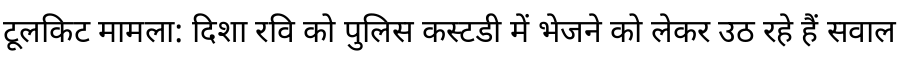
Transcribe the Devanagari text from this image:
टूलकिट मामला: दिशा रवि को पुलिस कस्टडी में भेजने को लेकर उठ रहे हैं सवाल